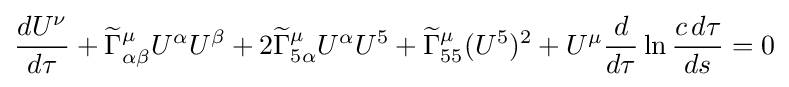
{\frac {dU^{\nu }}{d\tau }}+{\widetilde {\Gamma }}_{\alpha \beta }^{\mu }U^{\alpha }U^{\beta }+2{\widetilde {\Gamma }}_{5\alpha }^{\mu }U^{\alpha }U^{5}+{\widetilde {\Gamma }}_{55}^{\mu }(U^{5})^{2}+U^{\mu }{\frac {d}{d\tau }}\ln {\frac {c\,d\tau }{ds}}=0